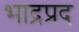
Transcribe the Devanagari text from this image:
भाद्रप्रद